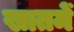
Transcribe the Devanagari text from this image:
खातमें